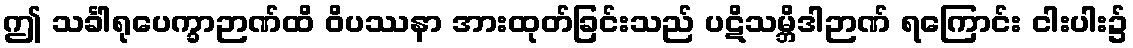
ဤ သင်္ခါရုပေက္ခာဉာဏ်ထိ ဝိပဿနာ အားထုတ်ခြင်းသည် ပဋိသမ္ဘိဒါဉာဏ် ရကြောင်း ငါးပါး၌